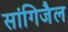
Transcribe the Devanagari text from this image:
सांगिजैल